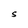
Character: S